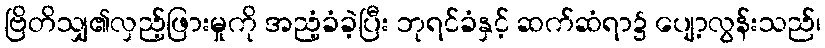
ဗြိတိသျှ၏လှည့်ဖြားမှုကို အညံ့ခံခဲ့ပြီး ဘုရင်ခံနှင့် ဆက်ဆံရာ၌ ပျော့လွန်းသည်၊